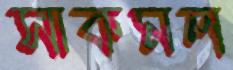
সাকমল